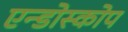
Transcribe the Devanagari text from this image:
एन्डोस्कोप